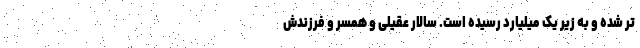
تر شده و به زیر یک میلیارد رسیده است. سالار عقیلی و همسر و فرزندش